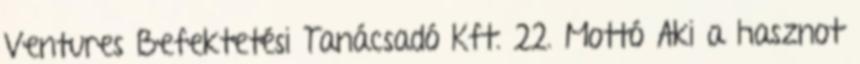
Ventures Befektetési Tanácsadó Kft. 22. Mottó Aki a hasznot